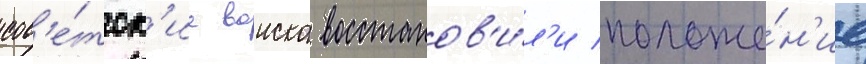
сов'е́тск'ие воиска восстанов'и́л'и положе́н'ие